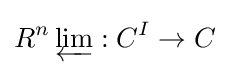
R^{n}\varprojlim :C^{I}\rightarrow C